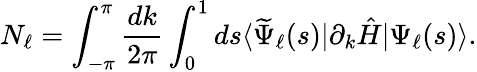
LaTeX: N_{\ell}=\int_{-\pi}^{\pi}\frac{dk}{2\pi}\int_{0}^{1}ds\langle\widetilde{\Psi}_{\ell}(s)|\partial_{k}\hat{H}|\Psi_{\ell}(s)\rangle.